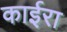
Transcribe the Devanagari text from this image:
काईरा